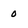
Character: 0